Problem: 23 + 41 = ?
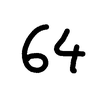
Handwritten answer: 64